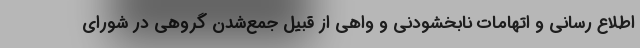
اطلاع رسانی و اتهامات نابخشودنی و واهی از قبیل جمع‌شدن گروهی در شورای